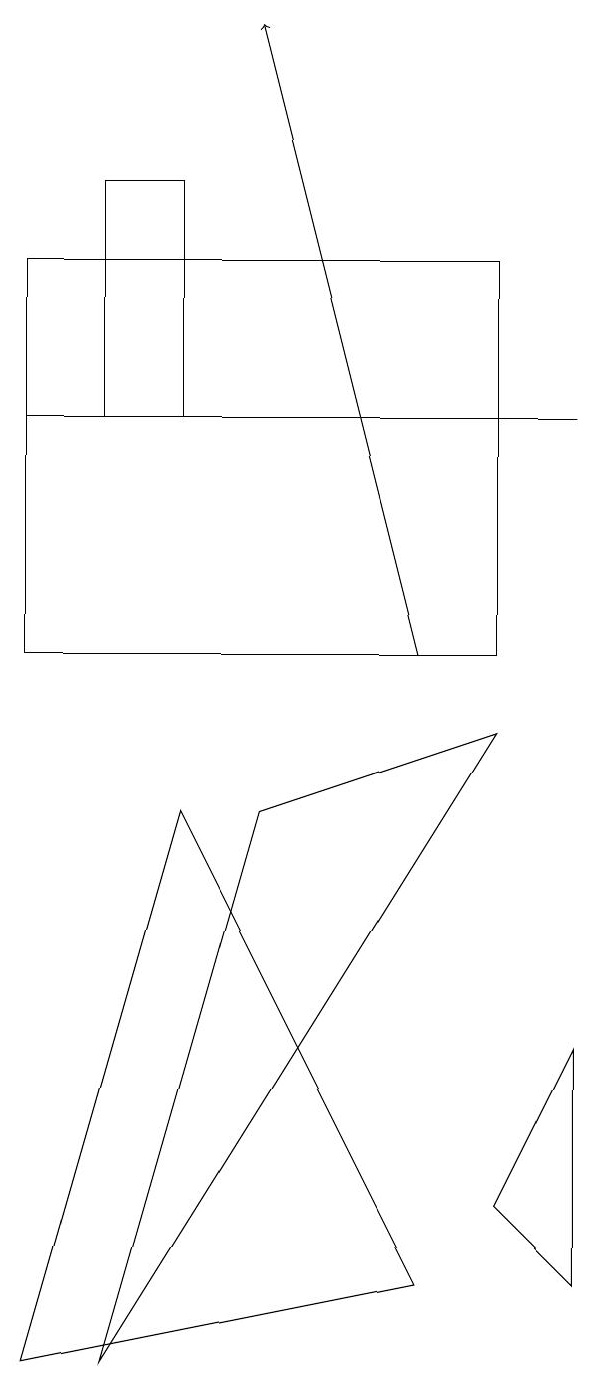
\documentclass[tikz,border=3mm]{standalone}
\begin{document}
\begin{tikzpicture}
\draw (7,9) -- (4,8) -- (2,1) -- cycle;
\draw[->] (6,10) -- (4,18);
\draw (6,2) -- (3,8) -- (1,1) -- cycle;
\draw (7,3) -- (8,2) -- (8,5) -- cycle;
\draw (2,13) rectangle (3,16);
\draw (1,15) rectangle (7,10);
\draw (1,13) rectangle (8,13);
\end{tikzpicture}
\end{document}